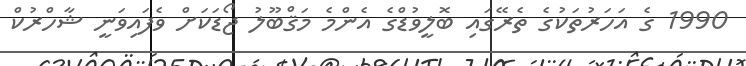
1990 ގެ އަހަރުތަކުގެ ތެރޭގައި ބޮލީވުޑްގެ އެންމެ މަޤްބޫލު ޖޯޑަކަށް ވެފައިވަނީ ޝާހްރުކް